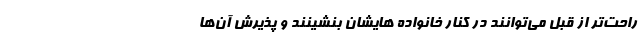
راحت‌تر از قبل می‌توانند در کنار خانواده هایشان بنشینند و پذیرش آن‌ها